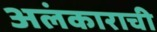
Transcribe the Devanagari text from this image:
अलंकाराची